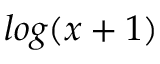
l o g ( x + 1 )